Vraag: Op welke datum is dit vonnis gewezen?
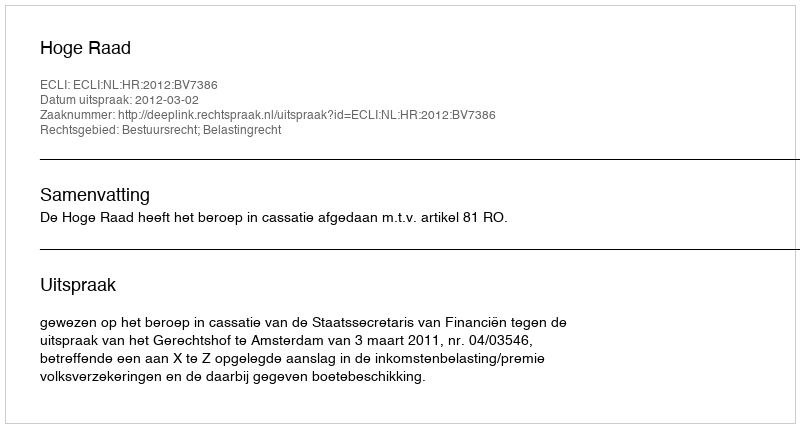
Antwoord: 2012-03-02